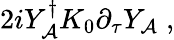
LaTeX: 2iY_{\mathcal{A}}^{\dagger}K_{0}\partial_{\tau}Y_{\mathcal{A}}\; ,